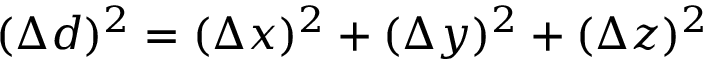
( \Delta { d } ) ^ { 2 } = ( \Delta { x } ) ^ { 2 } + ( \Delta { y } ) ^ { 2 } + ( \Delta { z } ) ^ { 2 }